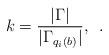
LaTeX: \begin{align*} k=\frac{|\Gamma| }{|\Gamma_{q_i(b)}| },\,\,\,. \end{align*}